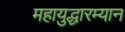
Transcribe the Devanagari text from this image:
महायुद्धारम्यान